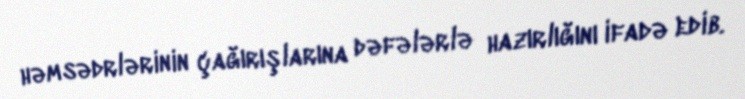
həmsədrlərinin çağırışlarına dəfələrlə hazırlığını ifadə edib.